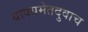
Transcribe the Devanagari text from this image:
वाक्यमेतदुवाच